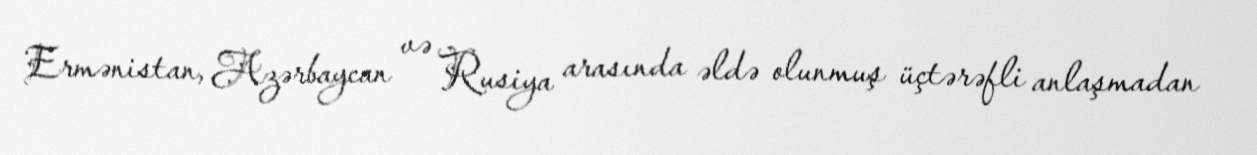
Ermənistan, Azərbaycan və Rusiya arasında əldə olunmuş üçtərəfli anlaşmadan